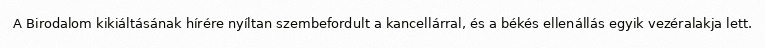
A Birodalom kikiáltásának hírére nyíltan szembefordult a kancellárral, és a békés ellenállás egyik vezéralakja lett.